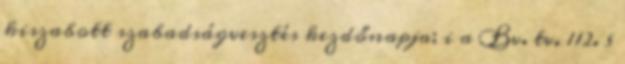
kiszabott szabadságvesztés kezdőnapja; i a Bv. tv. 112. §